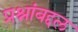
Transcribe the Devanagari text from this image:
प्रश्नांबद्दल